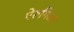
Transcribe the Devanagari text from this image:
पेरूगिआ